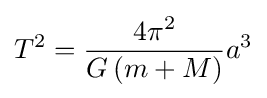
T^{2}={\frac {4\pi ^{2}}{G\left(m+M\right)}}a^{3}\,\!